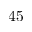
4 5